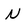
Character: N